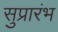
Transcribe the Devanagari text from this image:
सुप्रारंभ